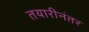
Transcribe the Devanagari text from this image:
तयारीनंतर